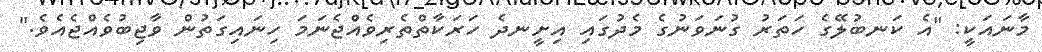
މާނައަކީ: "އެ ކަނބުލޭގެ ހަތަރު ގުނަވަނުގެ މެދުގައި އިށީނދެ ހަރަކާތްތެރިވެއްޖެނަމަ ހިނައިގަތުން ވާޖިބުވެއްޖެއެވެ."